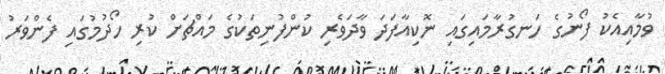
ވުމާއިއެކު ފޯނުގެ ހަނގުރާމައިގައި ނޮކިއާފަދަ ވާދަވެރި ކުންފުނިތަކުގެ މައްޗަށް ކުރި ހޯދުމުގައި ފެންވަރު